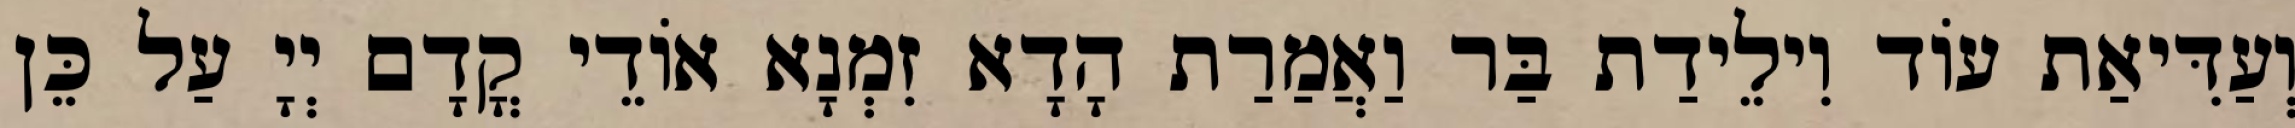
וְעַדִּיאַת עוֹד וִילֵידַת בַּר וַאֲמַרַת הָדָא זִמְנָא אוֹדֵי קֳדָם יְיָ עַל כֵּן